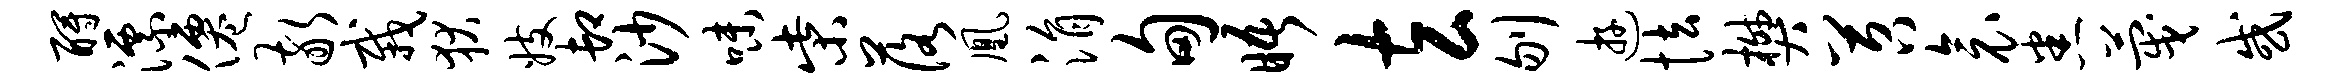
酹漂仙敬栽狄妓卸沙味柴落凰涓甸晤玄刎游怯樊苕衾悉蔑或